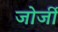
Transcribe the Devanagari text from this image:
जोर्जी